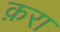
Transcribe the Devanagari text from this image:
क़रा